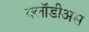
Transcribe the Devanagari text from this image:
क्लॉडीअस